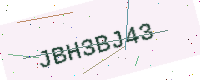
Text: JBH3BJ43